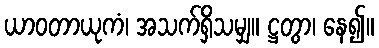
ယာဝတာယုကံ၊ အသက်ရှိသမျှ။ ဋ္ဌတွာ၊ နေ၍။